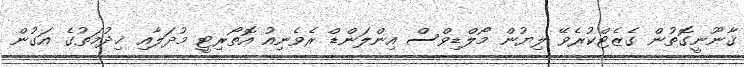
ޤާނޫނީގޮތުން ގެޒެޓްކުރެވޭ ލިޔުން މޯލްޑިވްސް އިންލަންޑް ރެވެނިއު އޮތޯރިޓީ މުދަލާއި ޚިދުމަތުގެ އަގުން